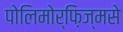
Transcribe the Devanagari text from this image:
पोलिमोर्फ़िज्मसे